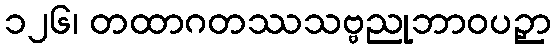
၁၂၆၊ တထာဂတဿသဗ္ဗညုဘာဝပဉှာ